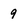
Character: 9